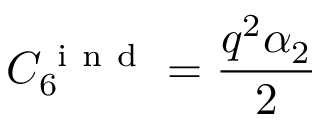
C _ { 6 } ^ { \mathrm { ~ i ~ n ~ d ~ } } = \frac { q ^ { 2 } \alpha _ { 2 } } { 2 }